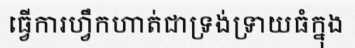
ធ្វើការហ្វឹកហាត់ជាទ្រង់ទ្រាយធំក្នុង